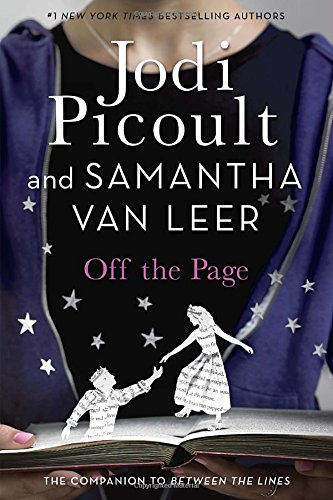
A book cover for Off the Page; Jodi Picoult; Teen & Young Adult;